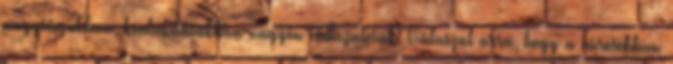
nagyságukban, kialakításukban nagyon változatosak. Válaszul arra, hogy a városokban